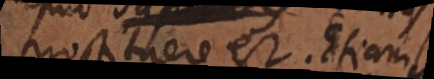
prostituere est. Etiam